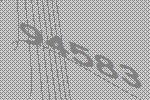
94583